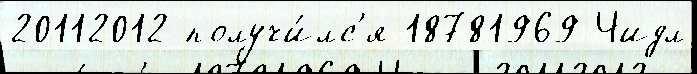
20112012 получи́лс'я 18781969 Чидл